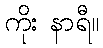
ကိုး နာရီ။